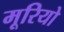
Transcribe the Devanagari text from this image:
मूरियो